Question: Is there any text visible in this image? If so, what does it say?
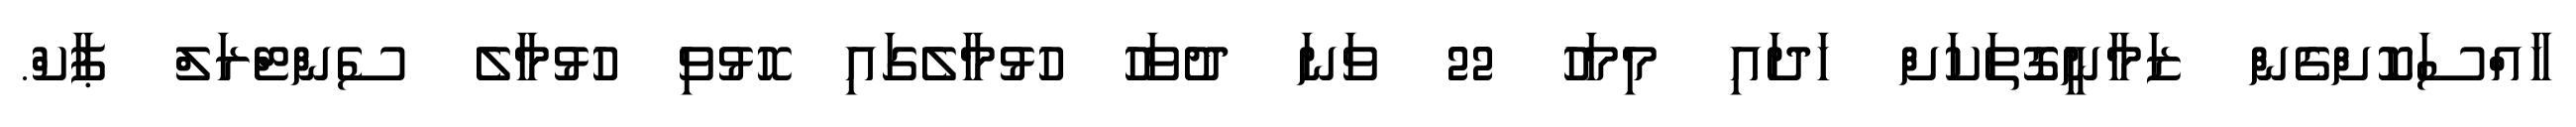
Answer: ހާއްސަކޮށްގެން ޒަމާނީގޮތަކަށް ހަދައި މިމަހު 22 ވަނަ ދުވަހު ހުޅުމާލެގައި ހޮޅުވި ހުޅުމާލެ ސެންޓްރަލް ޕާކް.